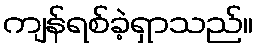
ကျန်ရစ်ခဲ့ရှာသည်။